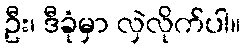
ဦး၊ ဒီခုံမှာ လှဲလိုက်ပါ။